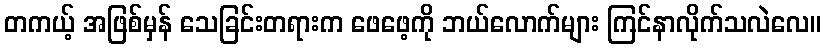
တကယ့် အဖြစ်မှန် သေခြင်းတရားက ဖေဖေ့ကို ဘယ်လောက်များ ကြင်နာလိုက်သလဲလေ။